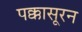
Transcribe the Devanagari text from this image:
पक्कासूरन